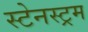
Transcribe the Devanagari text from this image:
स्टेनस्ट्रम